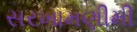
સરખામણીમી